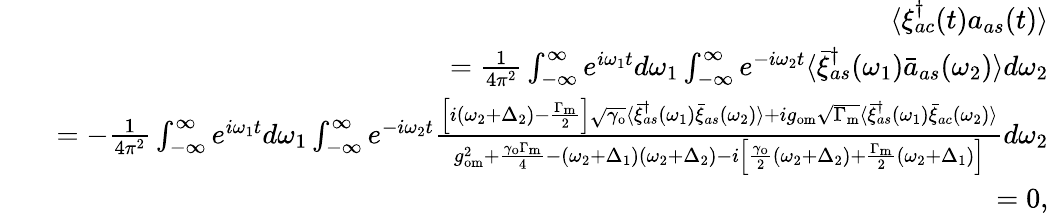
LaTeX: \begin{array}{rlr}&{}&{\langle\xi_{ac}^{\dagger}(t)a_{as}(t)\rangle}\\ &{}&{=\frac{1}{4\pi^{2}}\int_{-\infty}^{\infty}e^{i\omega_{1}t}d\omega_{1}\int_{-\infty}^{\infty}e^{-i\omega_{2}t}\langle\bar{\xi}_{as}^{\dagger}(\omega_{1})\bar{a}_{as}(\omega_{2})\rangle d\omega_{2}}\\ &{}&{=-\frac{1}{4\pi^{2}}\int_{-\infty}^{\infty}e^{i\omega_{1}t}d\omega_{1}\int_{-\infty}^{\infty}e^{-i\omega_{2}t}\frac{\left[i(\omega_{2}+\Delta_{2})-\frac{\Gamma_{\mathrm{m}}}{2}\right]\sqrt{\gamma_{\mathrm{o}}}\langle\bar{\xi}_{as}^{\dagger}(\omega_{1})\bar{\xi}_{as}(\omega_{2})\rangle+ig_{\mathrm{om}}\sqrt{\Gamma_{\mathrm{m}}}\langle\bar{\xi}_{as}^{\dagger}(\omega_{1})\bar{\xi}_{ac}(\omega_{2})\rangle}{g_{\mathrm{om}}^{2}+\frac{\gamma_{\mathrm{o}}\Gamma_{\mathrm{m}}}{4}-(\omega_{2}+\Delta_{1})(\omega_{2}+\Delta_{2})-i\left[\frac{\gamma_{\mathrm{o}}}{2}(\omega_{2}+\Delta_{2})+\frac{\Gamma_{\mathrm{m}}}{2}(\omega_{2}+\Delta_{1})\right]}d\omega_{2}}\\ &{}&{=0,}\end{array}